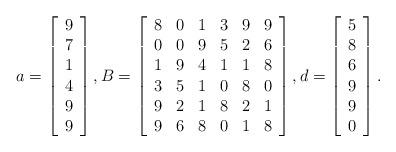
LaTeX: \begin{align*}a = \left[\begin{array}{c} 9 \\ 7 \\ 1 \\ 4 \\ 9 \\ 9 \end{array} \right],B = \left[\begin{array}{cccccc} 8 & 0 & 1 & 3 & 9 & 9 \\ 0 & 0 & 9 & 5 & 2 & 6 \\ 1 & 9 & 4 & 1 & 1 & 8 \\ 3 & 5 & 1 & 0 & 8 & 0 \\ 9 & 2 & 1 & 8 & 2 & 1 \\ 9 & 6 & 8 & 0 & 1 & 8\end{array} \right],d = \left[\begin{array}{c} 5 \\ 8 \\ 6 \\ 9 \\ 9 \\ 0 \end{array} \right].\end{align*}